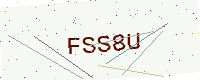
Text: FSS8U